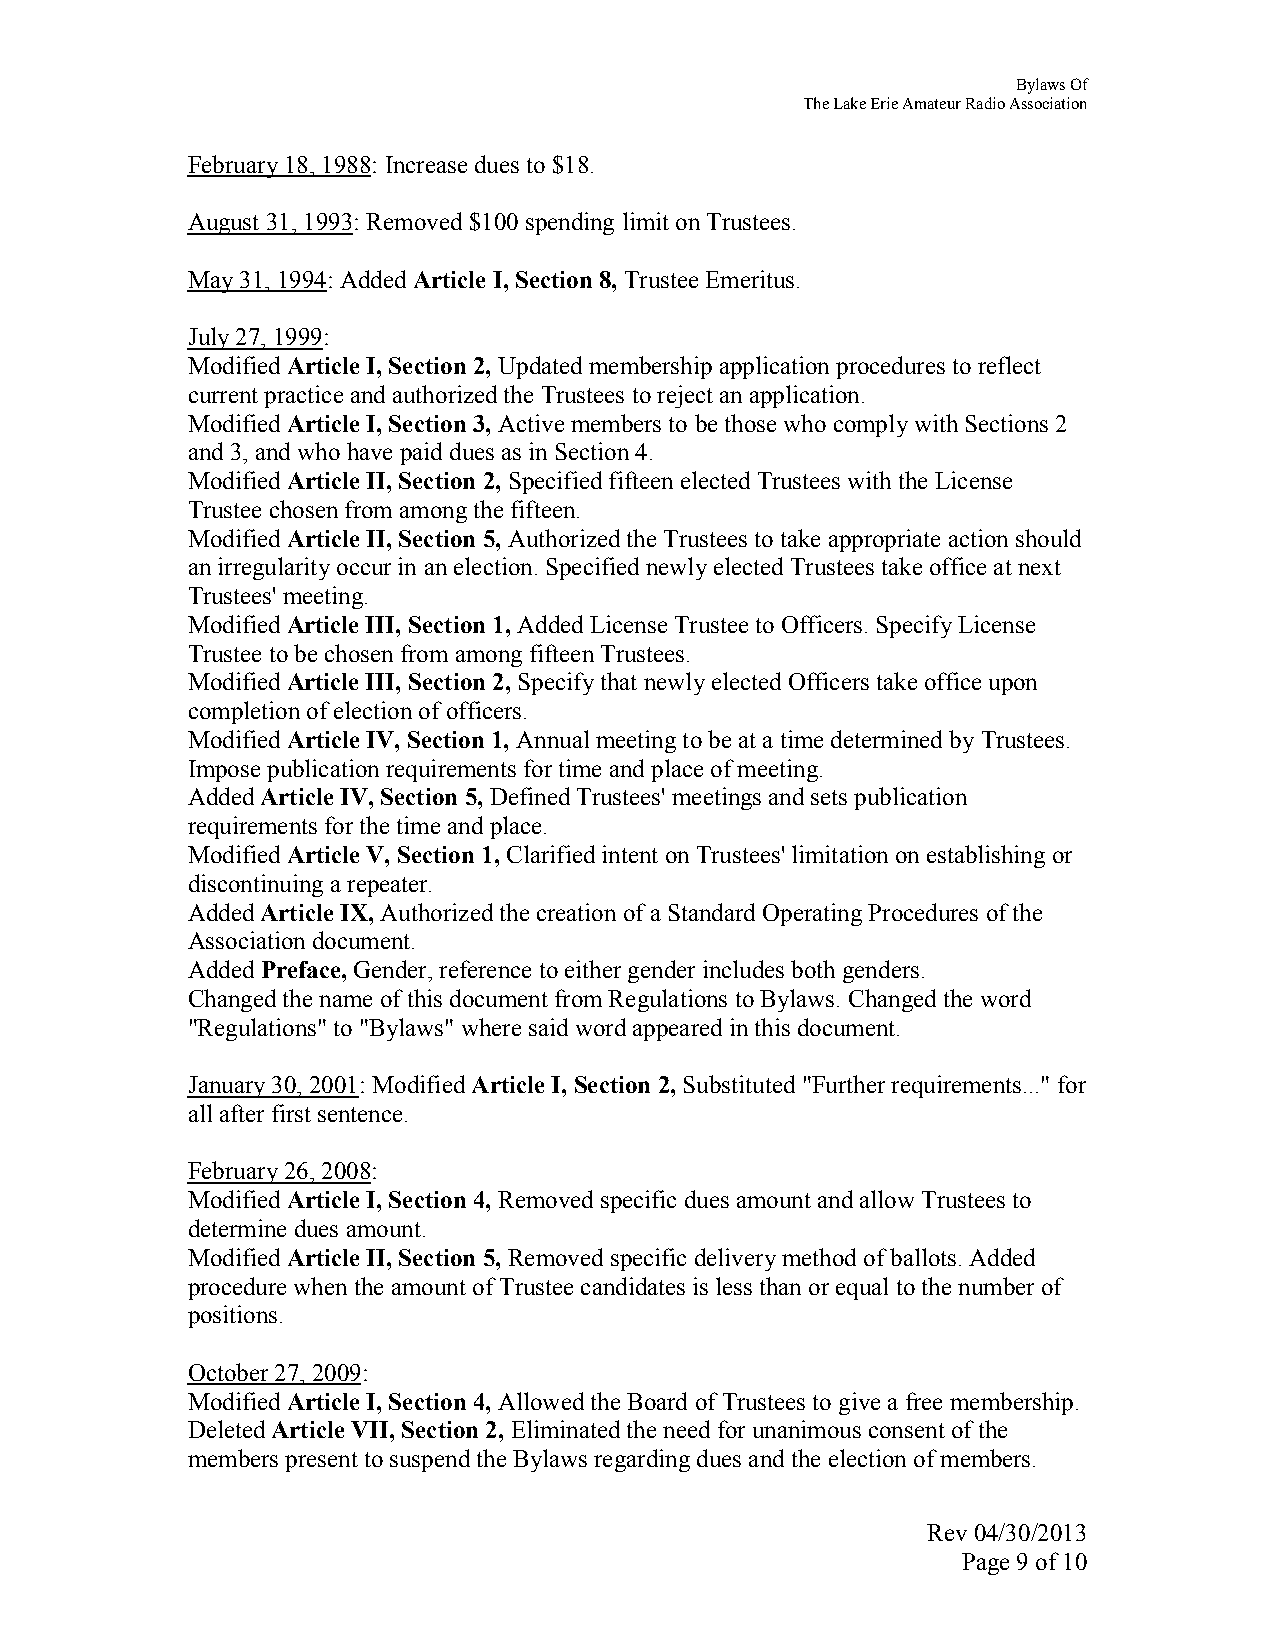
Bylaws Of
 The Lake Erie Amateur Radio Association
 February 18, 1988: Increase dues to $18.
 August 31, 1993: Removed $100 spending limit on Trustees.
 May 31, 1994: Added Article I, Section 8, Trustee Emeritus.
 July 27, 1999:
 Modified Article I, Section 2, Updated membership application procedures to reflect
 current practice and authorized the Trustees to reject an application.
 Modified Article I, Section 3, Active members to be those who comply with Sections 2
 and 3, and who have paid dues as in Section 4.
 Modified Article II, Section 2, Specified fifteen elected Trustees with the License
 Trustee chosen from among the fifteen.
 Modified Article II, Section 5, Authorized the Trustees to take appropriate action should
 an irregularity occur in an election. Specified newly elected Trustees take office at next
 Trustees' meeting.
 Modified Article III, Section 1, Added License Trustee to Officers. Specify License
 Trustee to be chosen from among fifteen Trustees.
 Modified Article III, Section 2, Specify that newly elected Officers take office upon
 completion of election of officers.
 Modified Article IV, Section 1, Annual meeting to be at a time determined by Trustees.
 Impose publication requirements for time and place of meeting.
 Added Article IV, Section 5, Defined Trustees' meetings and sets publication
 requirements for the time and place.
 Modified Article V, Section 1, Clarified intent on Trustees' limitation on establishing or
 discontinuing a repeater.
 Added Article IX, Authorized the creation of a Standard Operating Procedures of the
 Association document.
 Added Preface, Gender, reference to either gender includes both genders.
 Changed the name of this document from Regulations to Bylaws. Changed the word
 "Regulations" to "Bylaws" where said word appeared in this document.
 January 30, 2001: Modified Article I, Section 2, Substituted "Further requirements..." for
 all after first sentence.
 February 26, 2008:
 Modified Article I, Section 4, Removed specific dues amount and allow Trustees to
 determine dues amount.
 Modified Article II, Section 5, Removed specific delivery method of ballots. Added
 procedure when the amount of Trustee candidates is less than or equal to the number of
 positions.
 October 27, 2009:
 Modified Article I, Section 4, Allowed the Board of Trustees to give a free membership.
 Deleted Article VII, Section 2, Eliminated the need for unanimous consent of the
 members present to suspend the Bylaws regarding dues and the election of members.
 Rev 04/30/2013
 Page 9 of 10